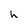
Character: h